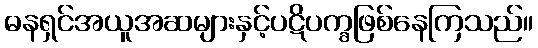
ဓနရှင်အယူအဆများနှင့်ပဋိပက္ခဖြစ်နေကြသည်။